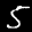
Label: 5